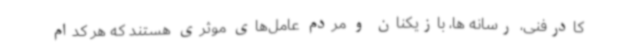
کادرفنی، رسانه ها، بازیکنان و مردم عامل‌های موثری هستند که هر کدام